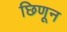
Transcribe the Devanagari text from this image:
छिणून